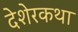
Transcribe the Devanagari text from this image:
देशेरकथा